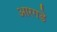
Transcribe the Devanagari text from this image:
आरगडे